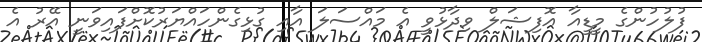
ފުލުހުންގެ މީޑީއާ އޮފިޝަލް ވިދާޅުވީ އެ މައްސަލަ އާއި ގުޅިގެންހައްޔަރުކޮށްފައިވަނީ އޭރު އެ